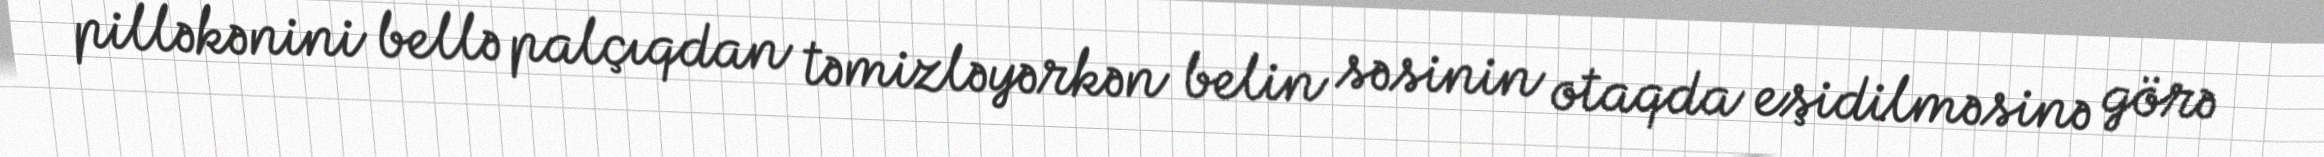
pilləkənini bellə palçıqdan təmizləyərkən belin səsinin otaqda eşidilməsinə görə